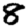
Digit: 8